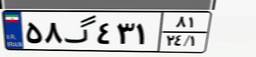
۵۸گ۴۳۱۸۱